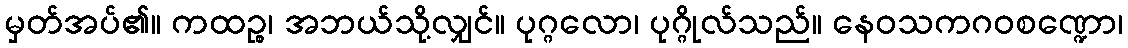
မှတ်အပ်၏။ ကထဉ္စ၊ အဘယ်သို့လျှင်။ ပုဂ္ဂလော၊ ပုဂ္ဂိုလ်သည်။ နေဝသကဂဝစဏ္ဍော၊